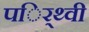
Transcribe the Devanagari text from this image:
पर्िथ्वी